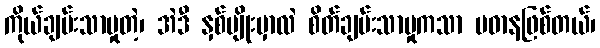
ကိုယ်ချမ်းသာမှုတဲ့၊ အဲဒီ နှစ်မျိုးမှာလဲ စိတ်ချမ်းသာမှုကသာ ပဓာနဖြစ်တယ်၊